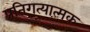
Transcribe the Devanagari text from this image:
प्रतिगत्यात्मक